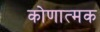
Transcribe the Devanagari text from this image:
कोणात्मक